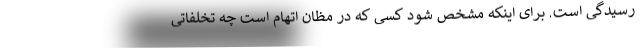
رسیدگی است. برای اینکه مشخص شود کسی که در مظان اتهام است چه تخلفاتی